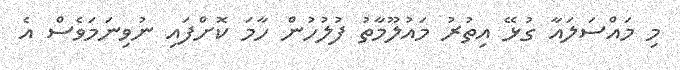
މި މައްސަލައާ ގުޅޭ އިތުރު މައުލޫމާތު ފުލުހުން ހާމަ ކޮށްފައި ނުވިނަމަވެސް އެ